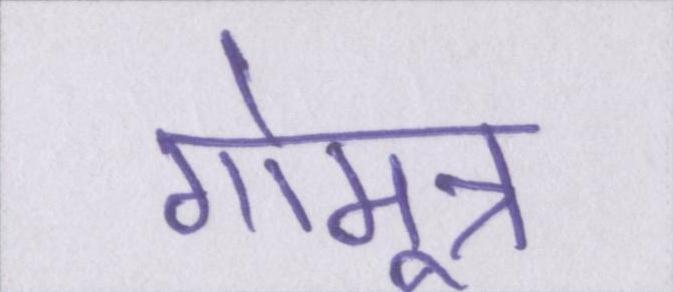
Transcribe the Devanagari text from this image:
गोमूत्र